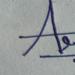
Signature authenticity: genuine